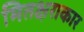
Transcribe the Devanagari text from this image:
मितक्षराकार